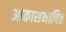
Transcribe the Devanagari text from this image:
आकाशभाषित